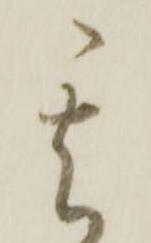
其